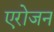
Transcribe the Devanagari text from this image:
एरोजन